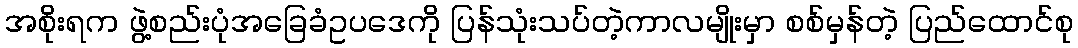
အစိုးရက ဖွဲ့စည်းပုံအခြေခံဥပဒေကို ပြန်သုံးသပ်တဲ့ကာလမျိုးမှာ စစ်မှန်တဲ့ ပြည်ထောင်စု